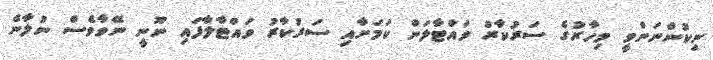
ނިކުންނަންވީ މިހާރުގެ ސަރުކާރު ވައްޓާލަން ކަމަށާއި ސަރުކާރު ވައްޓާލާފައި ނޫނީ ނޭވާވެސް ނުލާނެ